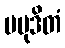
ပမုဒိတံ